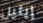
إيثيل